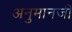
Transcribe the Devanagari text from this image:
अनुमानजी